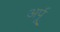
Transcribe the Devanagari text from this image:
अर्पू